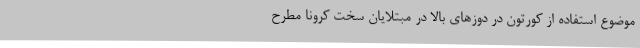
موضوع استفاده از کورتون در دوزهای بالا در مبتلایان سخت کرونا مطرح